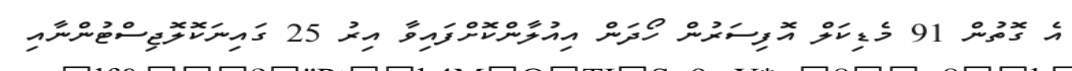
އެ ގޮތުން 91 މެޑިކަލް އޮފިސަރުން ހޯދަން އިއުލާންކޮށްފައިވާ އިރު 25 ގައިނަކޮލޮޖިސްޓުންނާއި